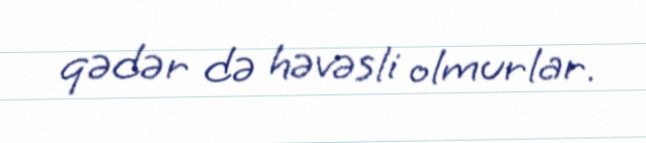
qədər də həvəsli olmurlar.